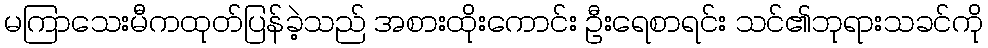
မကြာသေးမီကထုတ်ပြန်ခဲ့သည် အစားထိုးကောင်း ဦးရေစာရင်း သင်၏ဘုရားသခင်ကို